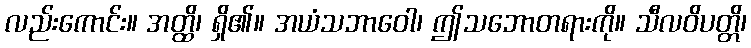
လည်းကောင်း။ အတ္ထိ၊ ရှိ၏။ အယံသဘာဝေါ၊ ဤသဘောတရားကို။ သီလဝိပတ္တိ၊